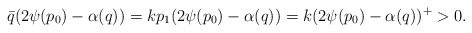
\begin{align*} \bar{q}(2\psi(p_0)-\alpha(q))=kp_1(2\psi(p_0)-\alpha(q))=k(2\psi(p_0)-\alpha(q))^+> 0.\end{align*}